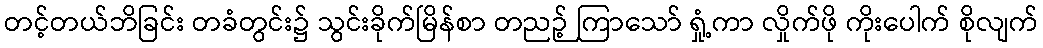
တင့်တယ်ဘိခြင်း တခံတွင်း၌ သွင်းခိုက်မြိန်စာ တညဉ့် ကြာသော် ရှုံ့ကာ လှိုက်ဖို ကိုးပေါက် စိုလျက်